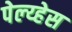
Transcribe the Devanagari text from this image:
पेल्य्हेस